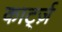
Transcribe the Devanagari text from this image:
कार्ट्ज़